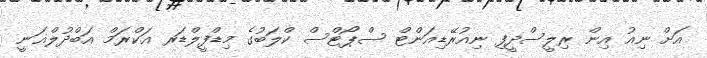
އަށް ނިއު އިން ރިލީސްދީފި ނިއުރޭޑިއަންޓް ސްޕޯޓްސް ކްލަބުގެ މިޑްފީލްޑަރ އަކްރަމް އަބްދުލްޣަނީ